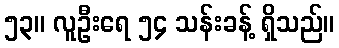
၅၃။ လူဦးရေ ၅၄ သန်းခန့် ရှိသည်။